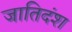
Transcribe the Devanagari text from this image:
जातिदंश